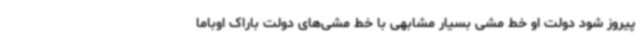
پیروز شود دولت او خط مشی بسیار مشابهی با خط مشی‌های دولت باراک اوباما